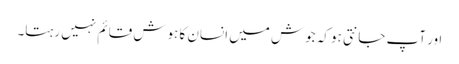
اور آپ جانتی ہو کہ جوش میں انسان کا ہوش قائم نہیں رہتا۔